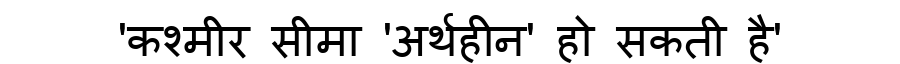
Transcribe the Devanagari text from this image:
'कश्मीर सीमा 'अर्थहीन' हो सकती है'